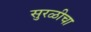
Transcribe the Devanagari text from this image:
सुरळीचा